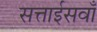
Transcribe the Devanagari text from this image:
सत्ताईसवाँ